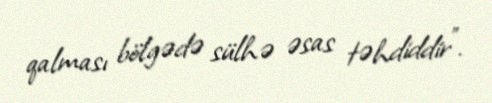
qalması bölgədə sülhə əsas təhdiddir”.